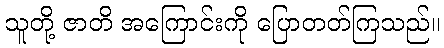
သူတို့ ဇာတိ အကြောင်းကို ပြောတတ်ကြသည်။